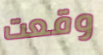
وقعت